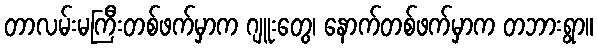
တာလမ်းမကြီးတစ်ဖက်မှာက ဂျူးတွေ၊ နောက်တစ်ဖက်မှာက တဘားရွာ။